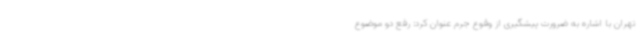
تهران با اشاره به ضرورت پیشگیری از وقوع جرم عنوان کرد: رفع دو موضوع